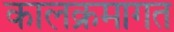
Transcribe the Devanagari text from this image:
कालक्रमागत